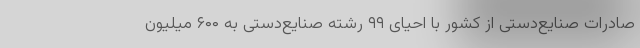
صادرات صنایع‌دستی از کشور با احیای ۹۹ رشته صنایع‌دستی به ۶۰۰ میلیون